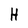
Character: H